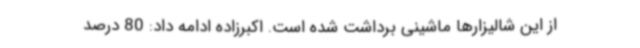
از این شالیزارها ماشینی برداشت شده است. اکبرزاده ادامه داد: 80 درصد